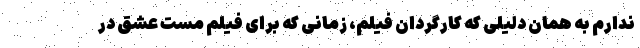
ندارم به همان دلیلی که کارگردان فیلم، زمانی که برای فیلم مست عشق در